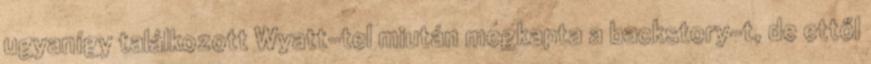
ugyanígy találkozott Wyatt-tel miután megkapta a backstory-t, de ettől